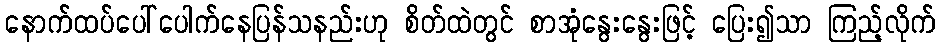
နောက်ထပ်ပေါ်ပေါက်နေပြန်သနည်းဟု စိတ်ထဲတွင် စာအုံနွေးနွေးဖြင့် ပြေး၍သာ ကြည့်လိုက်